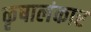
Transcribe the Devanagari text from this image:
कृषालंकार